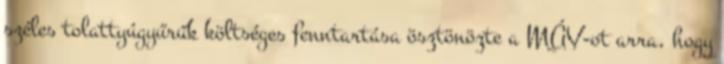
széles tolattyúgyűrűk költséges fenntartása ösztönözte a MÁV-ot arra, hogy